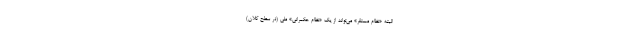
البته «نظام مستقر» می‌تواند از یک «نظام حکمرانی» ملی (در سطح کلان)